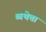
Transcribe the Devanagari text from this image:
व्यथेचा